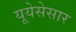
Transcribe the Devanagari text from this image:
यूयेसेसार